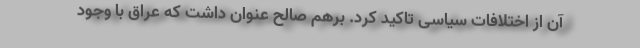
آن از اختلافات سیاسی تاکید کرد. برهم صالح عنوان داشت که عراق با وجود